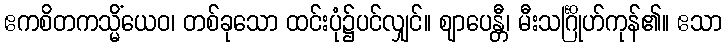
ဧကစိတကသ္မိံယေဝ၊ တစ်ခုသော ထင်းပုံ၌ပင်လျှင်။ ဈာပေန္တီ၊ မီးသင်္ဂြိုဟ်ကုန်၏။ ဧသာ